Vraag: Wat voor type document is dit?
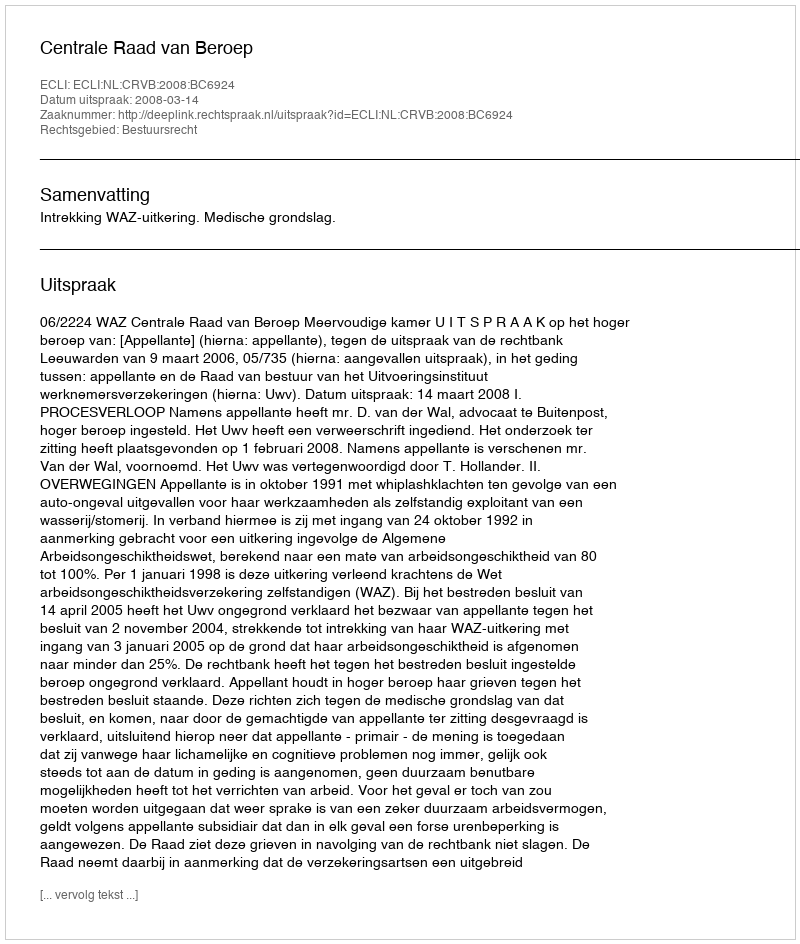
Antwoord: Uitspraak